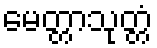
မေတ္တာသုတ္တံ